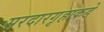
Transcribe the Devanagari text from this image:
सरदारगृहाकडे